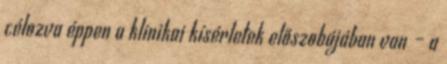
célozva éppen a klinikai kísérletek előszobájában van – a